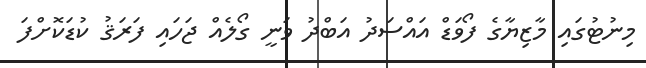
މިނުޓުގައި މާޒިޔާގެ ފޯވަޑް އައްސަދު އަބްދު ވަނީ ގޯލެއް ޖަހައި ފަރަޤު ކުޑަކޮށްފަ